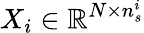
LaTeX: X_{i}\in\mathbb{R}^{N\times n_{s}^{i}}